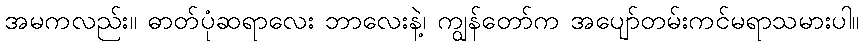
အမကလည်း။ ဓာတ်ပုံဆရာလေး ဘာလေးနဲ့၊ ကျွန်တော်က အပျော်တမ်းကင်မရာသမားပါ။